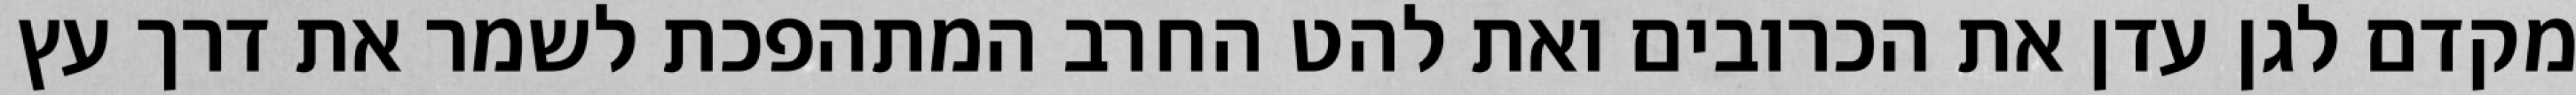
מקדם לגן עדן את הכרובים ואת להט החרב המתהפכת לשמר את דרך עץ